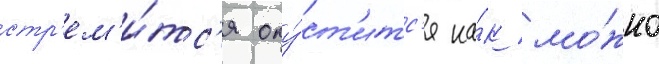
стр'ем'и́тс'я опу́ст'итс'я ка́к мо́жно